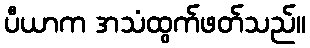
ပီယာက အသံထွက်ဖတ်သည်။